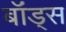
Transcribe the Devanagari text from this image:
बॉंड्स